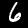
Label: 6